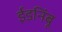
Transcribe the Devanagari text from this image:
ईडनिंबू